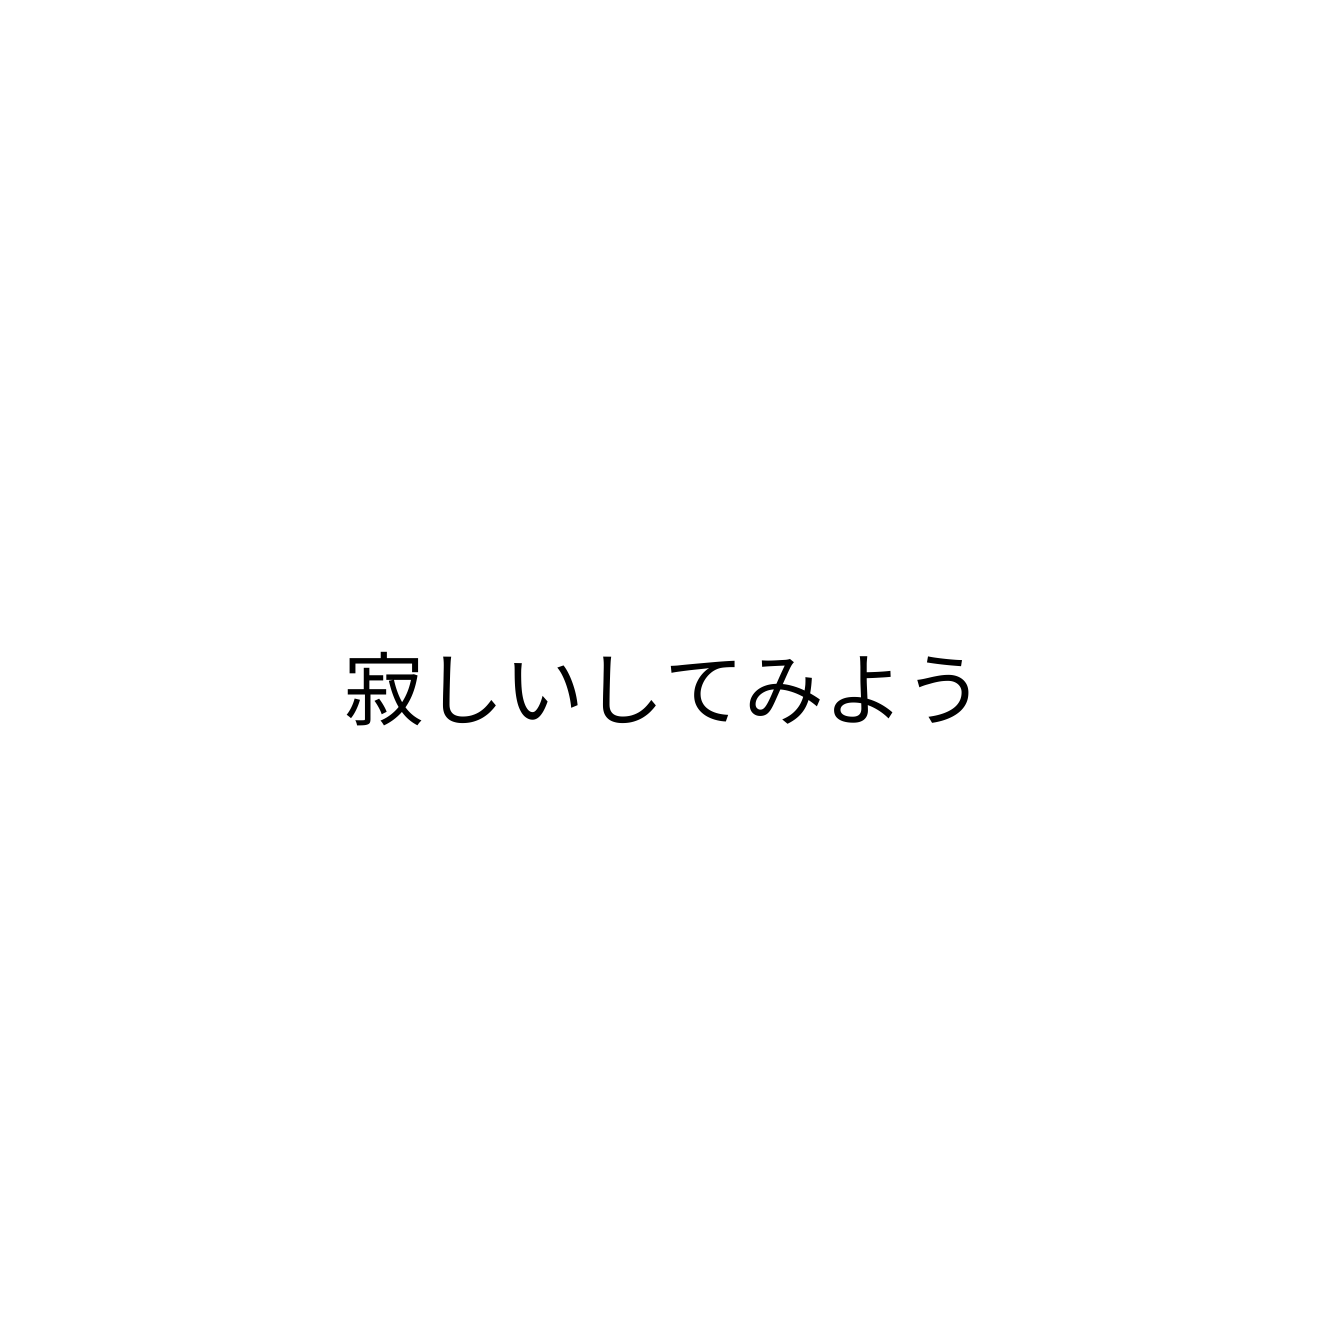
寂しいしてみよう